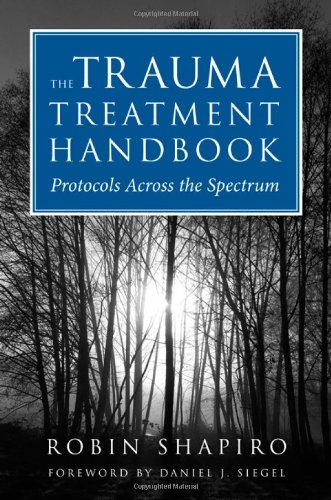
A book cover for The Trauma Treatment Handbook: Protocols Across the Spectrum (Norton Professional Books); Robin Shapiro; Medical Books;